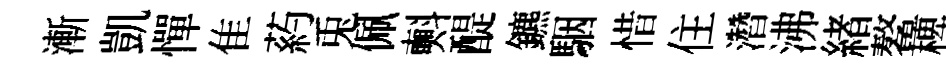
漸凱憚隹葯兎佩㪺醍鑣駰惜住濳沸緖鳌椑